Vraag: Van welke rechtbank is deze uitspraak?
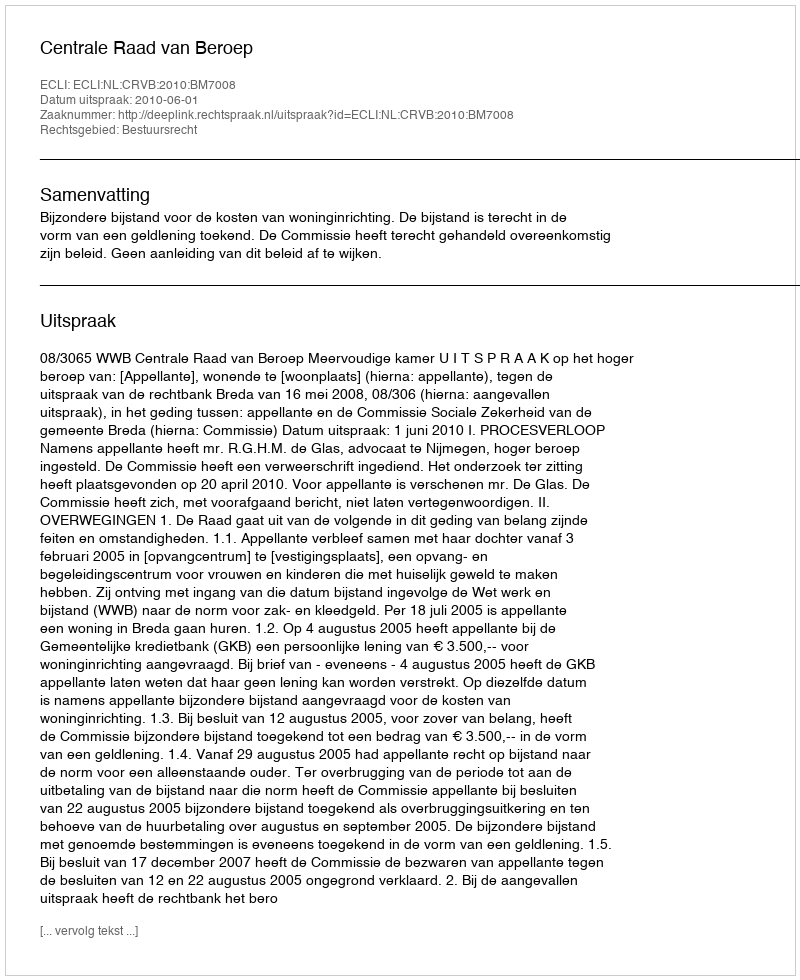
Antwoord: Centrale Raad van Beroep